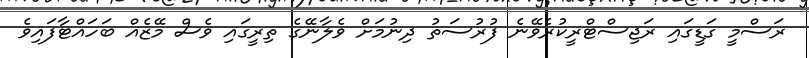
ރަސްމީ ގަޑީގައި ރަޖިސްޓްރީކުރެވޭނެ ފުރުސަތު ދިނުމަށް ވެލާނޭގެ ތިރީގައި ވެސް މޭޒެއް ބަހައްޓާފައިވެ